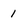
Character: 1